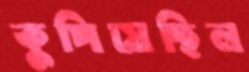
কুপিয়েছিল